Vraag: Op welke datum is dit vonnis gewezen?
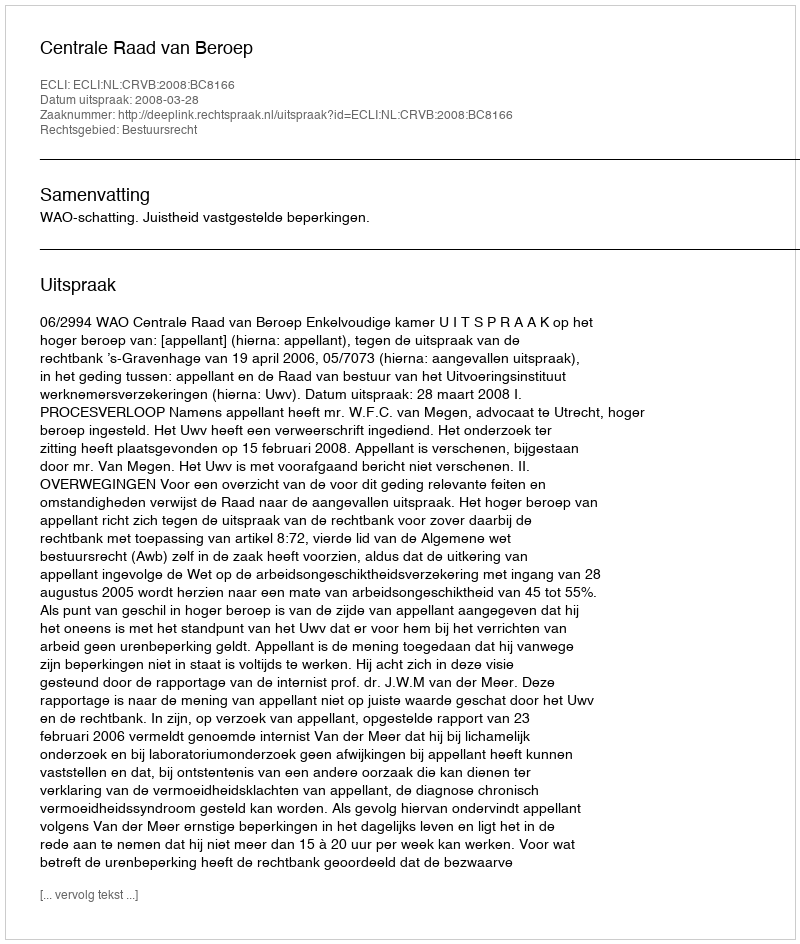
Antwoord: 2008-03-28